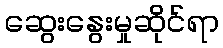
ဆွေးနွေးမှုဆိုင်ရာ